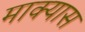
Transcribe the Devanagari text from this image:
माक्यास